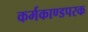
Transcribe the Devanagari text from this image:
कर्मकाण्डपरक